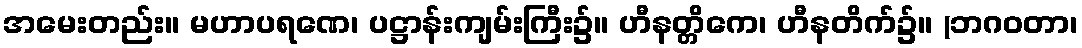
အမေးတည်း။ မဟာပရဏေ၊ ပဋ္ဌာန်းကျမ်းကြီး၌။ ဟီနတ္တိကေ၊ ဟီနတိက်၌။ (ဘဂဝတာ၊